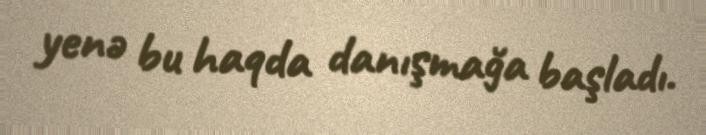
yenə bu haqda danışmağa başladı.